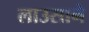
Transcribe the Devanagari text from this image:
लाउसाने